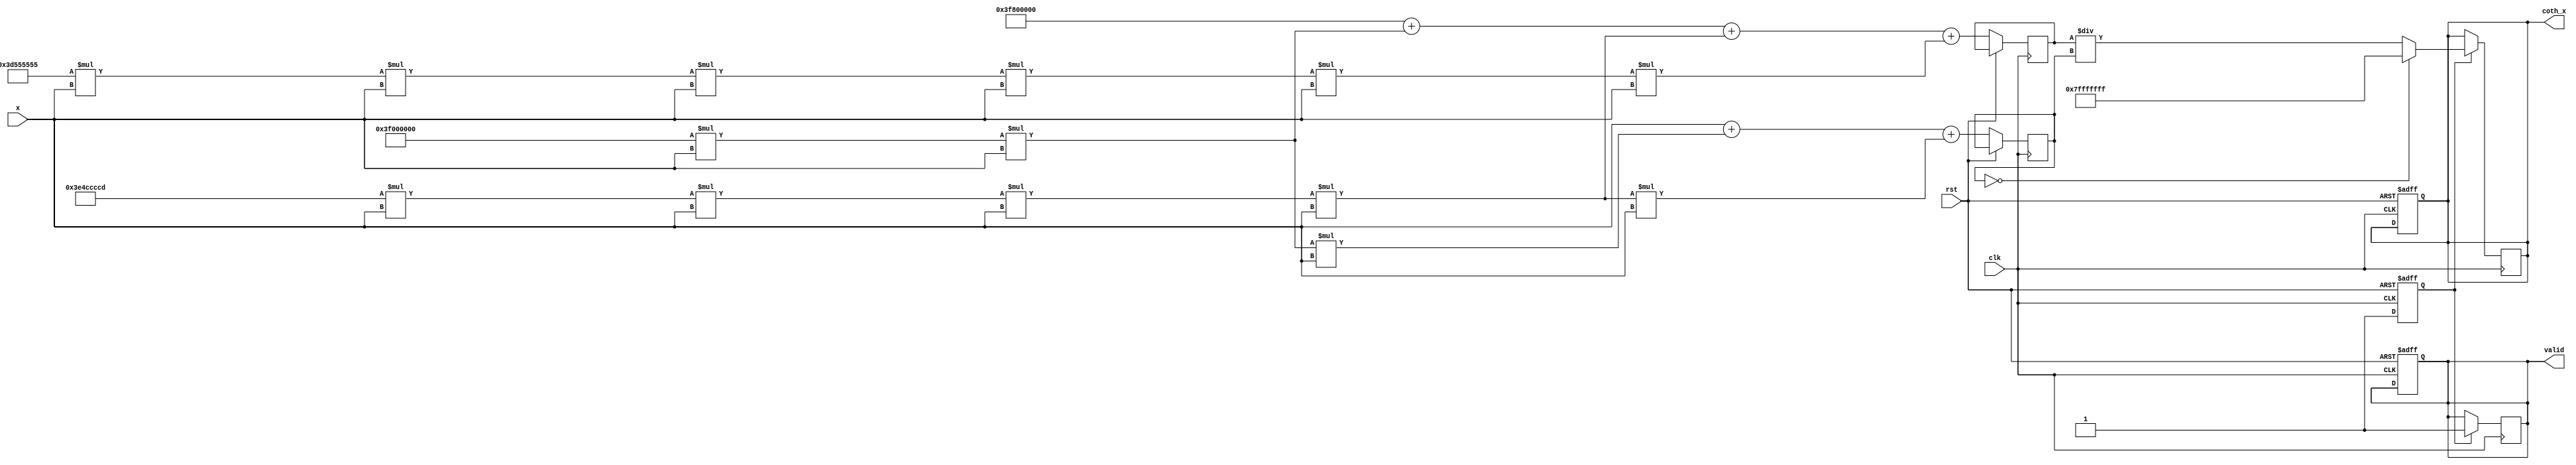
module coth_arithmetic_block (
    input wire clk,
    input wire rst,
    input wire [31:0] x, // Input data in IEEE 754 single precision
    output reg [31:0] coth_x, // Output data in IEEE 754 single precision
    output reg valid // Output valid signal
);

    reg [31:0] cosh_x;
    reg [31:0] sinh_x;
    reg division_done;

    // Constants for Taylor series expansion
    parameter [31:0] COEFF_0 = 32'h3F800000; // 1.0
    parameter [31:0] COEFF_1 = 32'h3F000000; // 0.5
    parameter [31:0] COEFF_2 = 32'h3E4CCCCD; // 1/6
    parameter [31:0] COEFF_3 = 32'h3D555555; // 1/120

    // Function to calculate cosh using Taylor series
    function [31:0] compute_cosh(input [31:0] x);
        reg [31:0] result;
        begin
            result = COEFF_0; // Start with 1.0
            result = result + (COEFF_1 * x * x); // + 0.5 * x^2
            result = result + (COEFF_2 * x * x * x * x); // + (1/6) * x^4
            result = result + (COEFF_3 * x * x * x * x * x * x); // + (1/120) * x^6
            compute_cosh = result;
        end
    endfunction

    // Function to calculate sinh using Taylor series
    function [31:0] compute_sinh(input [31:0] x);
        reg [31:0] result;
        begin
            result = x; // Start with x
            result = result + (COEFF_1 * x * x * x) ; // + (1/6) * x^3
            result = result + (COEFF_2 * x * x * x * x * x); // + (1/120) * x^5
            compute_sinh = result;
        end
    endfunction

    // Division operation
    function [31:0] divide(input [31:0] numerator, input [31:0] denominator);
        begin
            if (denominator == 32'h00000000) begin
                divide = 32'h7FFFFFFF; // Return max value on division by zero
            end else begin
                // Simple division (can be replaced with more efficient method)
                divide = numerator / denominator;
            end
        end
    endfunction

    // Control Logic
    always @(posedge clk or posedge rst) begin
        if (rst) begin
            coth_x <= 32'b0;
            valid <= 1'b0;
            division_done <= 1'b0;
        end else begin
            // Compute Cosh and Sinh
            cosh_x <= compute_cosh(x);
            sinh_x <= compute_sinh(x);
            division_done <= 1'b1; // Set flag to indicate division readiness
        end 
    end

    always @(posedge clk) begin
        if (division_done) begin
            coth_x <= divide(cosh_x, sinh_x);
            valid <= 1'b1; // Set valid signal after computation
        end 
    end
endmodule